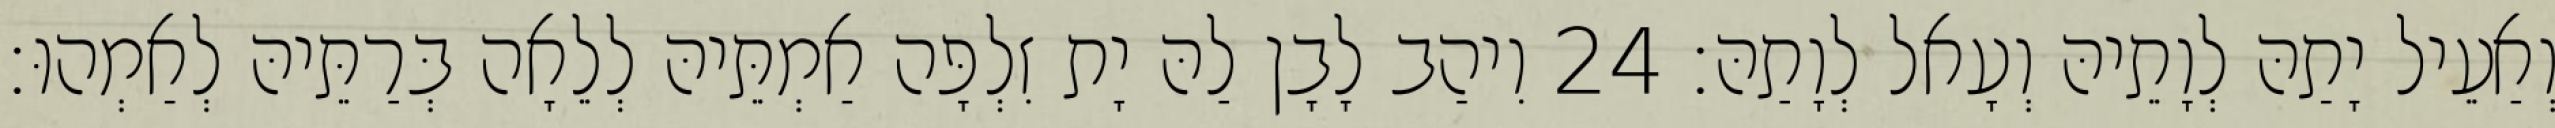
וְאַעֵיל יָתַהּ לְוָתֵיהּ וְעָאל לְוָתַהּ׃ 24 וִיהַב לָבָן לַהּ יָת זִלְפָּה אַמְתֵּיהּ לְלֵאָה בְּרַתֵּיהּ לְאַמְהוּ׃